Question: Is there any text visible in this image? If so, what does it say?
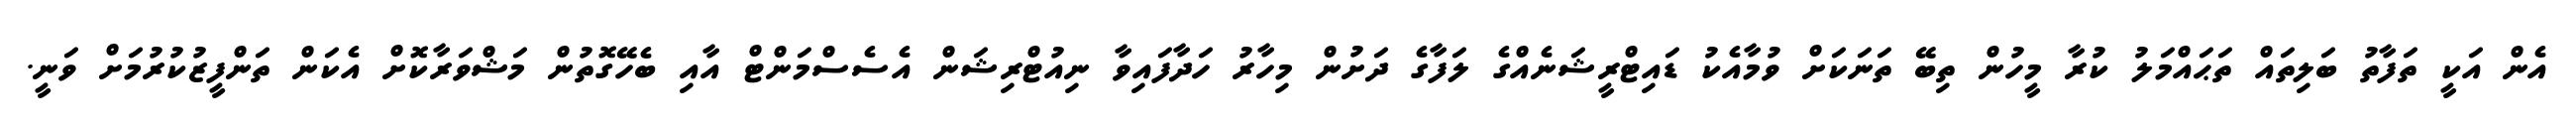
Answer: އެން އަކީ ތަފާތު ބަލިތައް ތަޙައްމަލު ކުރާ މީހުން ތިބޭ ތަނަކަށް ވުމާއެކު ޑައިޓްރީޝަނެއްގެ ލަފާގެ ދަށުން މިހާރު ހަދާފައިވާ ނިއުޓްރިޝަން އެސެސްމަންޓް އާއި ބެހޭގޮތުން މަޝްވަރާކޮށް އެކަން ތަންފީޒުކުރުމަށް ވަނީ.